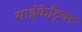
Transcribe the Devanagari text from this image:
साईकेट्रिक्ट